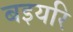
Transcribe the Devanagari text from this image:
बइयरि